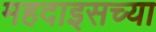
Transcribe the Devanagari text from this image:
महदाइसच्या